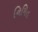
નિમિત